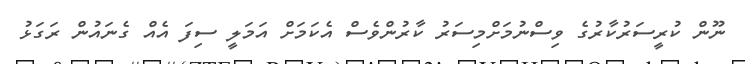
ނޫން ކުރީސަރުކާރުގެ ވިސްނުމަށްމިސަރު ކާރުންވެސް އެކަމަށް އަމަލީ ސިފަ އެއް ގެނައުން ރަގަޅު